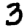
Digit: 3